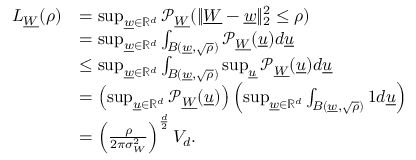
\begin{array} { r l } { L _ { \underline { { W } } } ( \rho ) } & { = \operatorname* { s u p } _ { \underline { { w } } \in \mathbb { R } ^ { d } } \mathcal { P } _ { \underline { { W } } } ( \| \underline { { W } } - \underline { { w } } \| _ { 2 } ^ { 2 } \leq \rho ) } \\ & { = \operatorname* { s u p } _ { \underline { { w } } \in \mathbb { R } ^ { d } } \int _ { B ( \underline { { w } } , \sqrt { \rho } ) } \mathcal { P } _ { \underline { { W } } } ( \underline { { u } } ) d \underline { { u } } } \\ & { \leq \operatorname* { s u p } _ { \underline { { w } } \in \mathbb { R } ^ { d } } \int _ { B ( \underline { { w } } , \sqrt { \rho } ) } \operatorname* { s u p } _ { \underline { { u } } } \mathcal { P } _ { \underline { { W } } } ( \underline { { u } } ) d \underline { { u } } } \\ & { = \left( \operatorname* { s u p } _ { \underline { { u } } \in \mathbb { R } ^ { d } } \mathcal { P } _ { \underline { { W } } } ( \underline { { u } } ) \right) \left( \operatorname* { s u p } _ { \underline { { w } } \in \mathbb { R } ^ { d } } \int _ { B ( \underline { { w } } , \sqrt { \rho } ) } 1 d \underline { { u } } \right) } \\ & { = \left( \frac { \rho } { 2 \pi \sigma _ { W } ^ { 2 } } \right) ^ { \frac { d } { 2 } } V _ { d } . } \end{array}